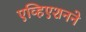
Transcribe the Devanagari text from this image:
एव्हिएशनने